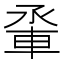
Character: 𫏵